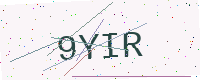
Text: 9YIR